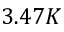
3 . 4 7 K